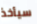
سيأخذ